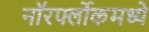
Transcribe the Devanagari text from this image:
नॉरर्फ्लोकमध्ये